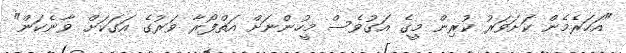
"އަހަރެމެން ކަށަވަރު ކުރިން މީގެ އަގުވެސް މީހުންނަށް އަތްފޯރާ ވަރުގެ އަގަކަށް ވާނެކަން"